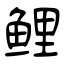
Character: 鲤